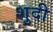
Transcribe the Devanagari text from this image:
शुदी